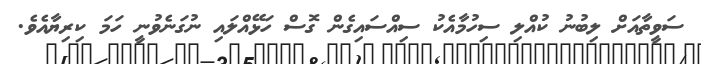
ސަވީތާއަށް ލިބުނު ކުއްލި ސިހުމާއެކު ސިއްސައިގެން ގޮސް ހަޅޭއްލައި ނުގަނެވުނީ ހަމަ ކިރިޔާއެވެ.